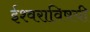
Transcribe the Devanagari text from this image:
ईश्वराविषयी